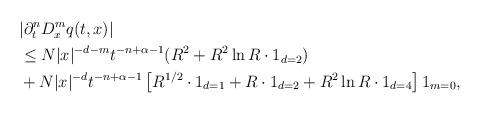
LaTeX: \begin{align*}&|\partial_{t}^{n} D_{x}^{m}q(t,x)|\\&\leq N|x|^{-d-m}t^{-n+\alpha-1}(R^2+R^2 \ln R \cdot 1_{d=2})\\& + N|x|^{-d}t^{-n+\alpha-1}\left[ R^{1/2} \cdot 1_{d=1}+ R \cdot 1_{d=2}+R^2 \ln R \cdot 1_{d=4} \right] 1_{m = 0},\end{align*}